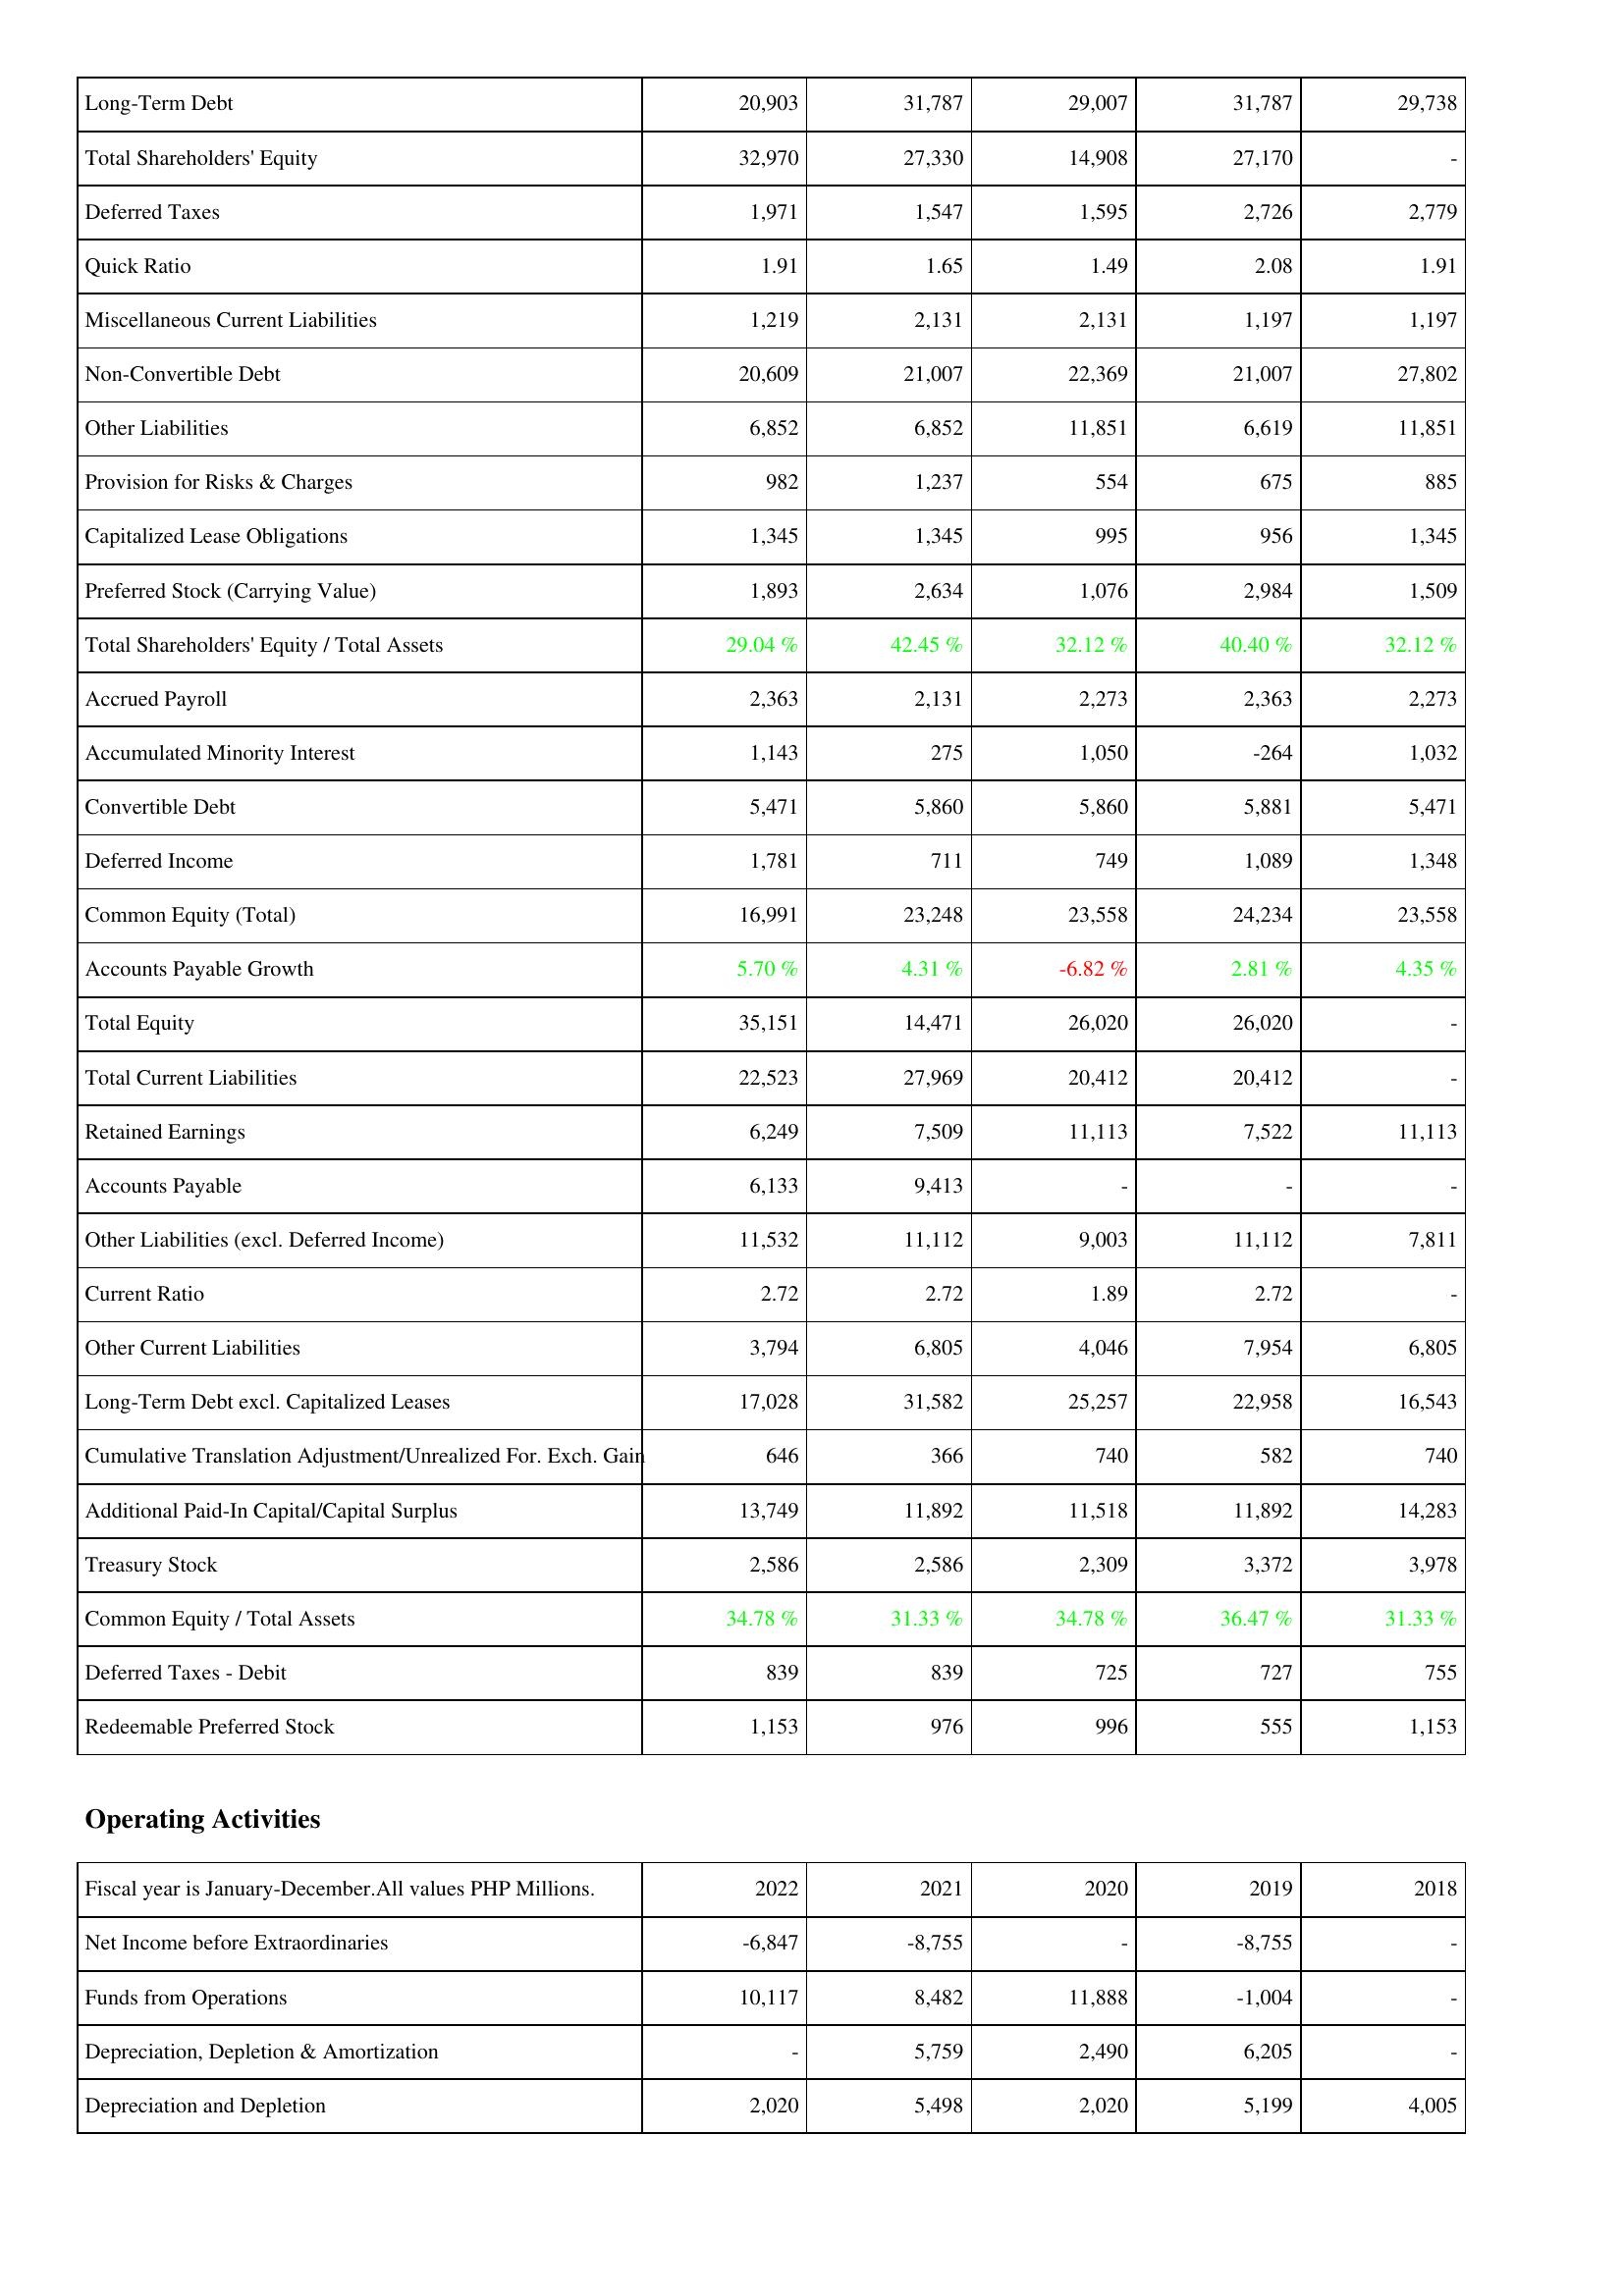
2022: Liabilities & Shareholders' Equity: Long-Term Debt: 20,903
Total Shareholders' Equity: 32,970
Deferred Taxes: 1,971
Quick Ratio: 1.91
Miscellaneous Current Liabilities: 1,219
Non-Convertible Debt: 20,609
Other Liabilities: 6,852
Provision for Risks & Charges: 982
Capitalized Lease Obligations: 1,345
Preferred Stock (Carrying Value): 1,893
Total Shareholders' Equity / Total Assets: 29.04 %
Accrued Payroll: 2,363
Accumulated Minority Interest: 1,143
Convertible Debt: 5,471
Deferred Income: 1,781
Common Equity (Total): 16,991
Accounts Payable Growth: 5.70 %
Total Equity: 35,151
Total Current Liabilities: 22,523
Retained Earnings: 6,249
Accounts Payable: 6,133
Other Liabilities (excl. Deferred Income): 11,532
Current Ratio: 2.72
Other Current Liabilities: 3,794
Long-Term Debt excl. Capitalized Leases: 17,028
Cumulative Translation Adjustment/Unrealized For. Exch. Gain: 646
Additional Paid-In Capital/Capital Surplus: 13,749
Treasury Stock: 2,586
Common Equity / Total Assets: 34.78 %
Deferred Taxes - Debit: 839
Redeemable Preferred Stock: 1,153
Operating Activities: Net Income before Extraordinaries: -6,847
Funds from Operations: 10,117
Depreciation, Depletion & Amortization: -
Depreciation and Depletion: 2,020
2021: Liabilities & Shareholders' Equity: Long-Term Debt: 31,787
Total Shareholders' Equity: 27,330
Deferred Taxes: 1,547
Quick Ratio: 1.65
Miscellaneous Current Liabilities: 2,131
Non-Convertible Debt: 21,007
Other Liabilities: 6,852
Provision for Risks & Charges: 1,237
Capitalized Lease Obligations: 1,345
Preferred Stock (Carrying Value): 2,634
Total Shareholders' Equity / Total Assets: 42.45 %
Accrued Payroll: 2,131
Accumulated Minority Interest: 275
Convertible Debt: 5,860
Deferred Income: 711
Common Equity (Total): 23,248
Accounts Payable Growth: 4.31 %
Total Equity: 14,471
Total Current Liabilities: 27,969
Retained Earnings: 7,509
Accounts Payable: 9,413
Other Liabilities (excl. Deferred Income): 11,112
Current Ratio: 2.72
Other Current Liabilities: 6,805
Long-Term Debt excl. Capitalized Leases: 31,582
Cumulative Translation Adjustment/Unrealized For. Exch. Gain: 366
Additional Paid-In Capital/Capital Surplus: 11,892
Treasury Stock: 2,586
Common Equity / Total Assets: 31.33 %
Deferred Taxes - Debit: 839
Redeemable Preferred Stock: 976
Operating Activities: Net Income before Extraordinaries: -8,755
Funds from Operations: 8,482
Depreciation, Depletion & Amortization: 5,759
Depreciation and Depletion: 5,498
2020: Liabilities & Shareholders' Equity: Long-Term Debt: 29,007
Total Shareholders' Equity: 14,908
Deferred Taxes: 1,595
Quick Ratio: 1.49
Miscellaneous Current Liabilities: 2,131
Non-Convertible Debt: 22,369
Other Liabilities: 11,851
Provision for Risks & Charges: 554
Capitalized Lease Obligations: 995
Preferred Stock (Carrying Value): 1,076
Total Shareholders' Equity / Total Assets: 32.12 %
Accrued Payroll: 2,273
Accumulated Minority Interest: 1,050
Convertible Debt: 5,860
Deferred Income: 749
Common Equity (Total): 23,558
Accounts Payable Growth: -6.82 %
Total Equity: 26,020
Total Current Liabilities: 20,412
Retained Earnings: 11,113
Accounts Payable: -
Other Liabilities (excl. Deferred Income): 9,003
Current Ratio: 1.89
Other Current Liabilities: 4,046
Long-Term Debt excl. Capitalized Leases: 25,257
Cumulative Translation Adjustment/Unrealized For. Exch. Gain: 740
Additional Paid-In Capital/Capital Surplus: 11,518
Treasury Stock: 2,309
Common Equity / Total Assets: 34.78 %
Deferred Taxes - Debit: 725
Redeemable Preferred Stock: 996
Operating Activities: Net Income before Extraordinaries: -
Funds from Operations: 11,888
Depreciation, Depletion & Amortization: 2,490
Depreciation and Depletion: 2,020
2019: Liabilities & Shareholders' Equity: Long-Term Debt: 31,787
Total Shareholders' Equity: 27,170
Deferred Taxes: 2,726
Quick Ratio: 2.08
Miscellaneous Current Liabilities: 1,197
Non-Convertible Debt: 21,007
Other Liabilities: 6,619
Provision for Risks & Charges: 675
Capitalized Lease Obligations: 956
Preferred Stock (Carrying Value): 2,984
Total Shareholders' Equity / Total Assets: 40.40 %
Accrued Payroll: 2,363
Accumulated Minority Interest: -264
Convertible Debt: 5,881
Deferred Income: 1,089
Common Equity (Total): 24,234
Accounts Payable Growth: 2.81 %
Total Equity: 26,020
Total Current Liabilities: 20,412
Retained Earnings: 7,522
Accounts Payable: -
Other Liabilities (excl. Deferred Income): 11,112
Current Ratio: 2.72
Other Current Liabilities: 7,954
Long-Term Debt excl. Capitalized Leases: 22,958
Cumulative Translation Adjustment/Unrealized For. Exch. Gain: 582
Additional Paid-In Capital/Capital Surplus: 11,892
Treasury Stock: 3,372
Common Equity / Total Assets: 36.47 %
Deferred Taxes - Debit: 727
Redeemable Preferred Stock: 555
Operating Activities: Net Income before Extraordinaries: -8,755
Funds from Operations: -1,004
Depreciation, Depletion & Amortization: 6,205
Depreciation and Depletion: 5,199
2018: Liabilities & Shareholders' Equity: Long-Term Debt: 29,738
Total Shareholders' Equity: -
Deferred Taxes: 2,779
Quick Ratio: 1.91
Miscellaneous Current Liabilities: 1,197
Non-Convertible Debt: 27,802
Other Liabilities: 11,851
Provision for Risks & Charges: 885
Capitalized Lease Obligations: 1,345
Preferred Stock (Carrying Value): 1,509
Total Shareholders' Equity / Total Assets: 32.12 %
Accrued Payroll: 2,273
Accumulated Minority Interest: 1,032
Convertible Debt: 5,471
Deferred Income: 1,348
Common Equity (Total): 23,558
Accounts Payable Growth: 4.35 %
Total Equity: -
Total Current Liabilities: -
Retained Earnings: 11,113
Accounts Payable: -
Other Liabilities (excl. Deferred Income): 7,811
Current Ratio: -
Other Current Liabilities: 6,805
Long-Term Debt excl. Capitalized Leases: 16,543
Cumulative Translation Adjustment/Unrealized For. Exch. Gain: 740
Additional Paid-In Capital/Capital Surplus: 14,283
Treasury Stock: 3,978
Common Equity / Total Assets: 31.33 %
Deferred Taxes - Debit: 755
Redeemable Preferred Stock: 1,153
Operating Activities: Net Income before Extraordinaries: -
Funds from Operations: -
Depreciation, Depletion & Amortization: -
Depreciation and Depletion: 4,005